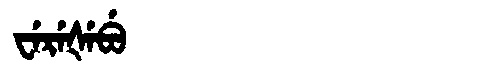
Manchu: ᠸᡝᡵᡝᡧᡝᠪᡠ
Romanization: WEREŠEBU